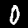
Label: 0